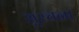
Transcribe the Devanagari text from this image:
सुरचना